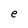
Character: e